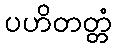
ပဟိတတ္တံ